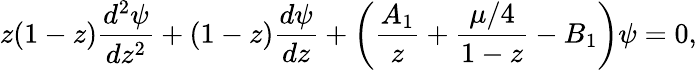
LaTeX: z(1-z){\frac{d^{2}\psi}{dz^{2}}}+(1-z){\frac{d\psi}{dz}}+\left({\frac{A_{1}}{z}}+{\frac{\mu/4}{1-z}}-B_{1}\right)\psi=0,